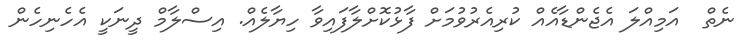
ނެތް  އަމިއްލަ އެޖެންޑާއެއް ކުރިއެރުވުމަށް ފާޅުކޮށްލާފައިވާ ހިޔާލެއް. އިސްލާމް ދީނަކީ އެހެނިހެން